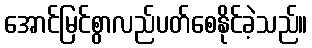
အောင်မြင်စွာလည်ပတ်စေနိုင်ခဲ့သည်။